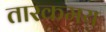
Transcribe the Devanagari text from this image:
तारकमय